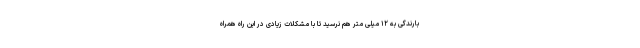
بارندگی به ۱۲ میلی متر هم نرسید تا با مشکلات زیادی در این راه همراه